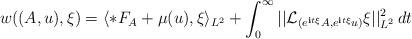
LaTeX: \begin{align*} w((A,u),\xi) = \langle *F_{A} + \mu(u), \xi \rangle_{L^2} + \int_0^{\infty} ||\mathcal{L}_{(e^{\textbf{i}t\xi}A, e^{\textbf{i}t\xi}u)} \xi||_{L^2}^2\, dt\end{align*}